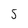
Character: 5